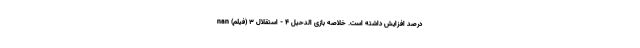
درصد افزایش داشته است. خلاصه بازی الدحیل 4 - استقلال 3 (فیلم) nan